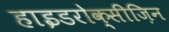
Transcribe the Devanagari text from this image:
हाइडरोक्सीज़िन